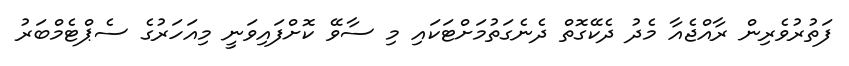
ފަތުރުވެރިން ރާއްޖެއާ މެދު ދެކޭގޮތް ދެނެގަތުމަށްޓަކައި މި ސާވޭ ކޮށްފައިވަނީ މިއަހަރުގެ ސެޕްޓެމްބަރު